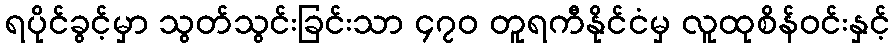
ရပိုင်ခွင့်မှာ သွတ်သွင်းခြင်းသာ ၄၇၀ တူရကီနိုင်ငံမှ လူထုစိန်ဝင်းနှင့်